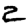
Digit: 2